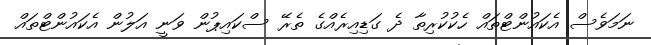
ނަމަވެސް އެކައުންޓްތައް ހެކުކުރިތާ ދެ ގަޑިއިރެއްގެ ތެރޭ ސްކައިޕުން ވަނީ އަލުން އެކައުންޓްތައް